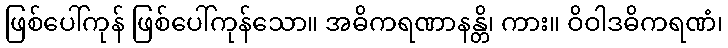
ဖြစ်ပေါ်ကုန် ဖြစ်ပေါ်ကုန်သော။ အဓိကရဏာနန္တိ၊ ကား။ ဝိဝါဒဓိကရဏံ၊